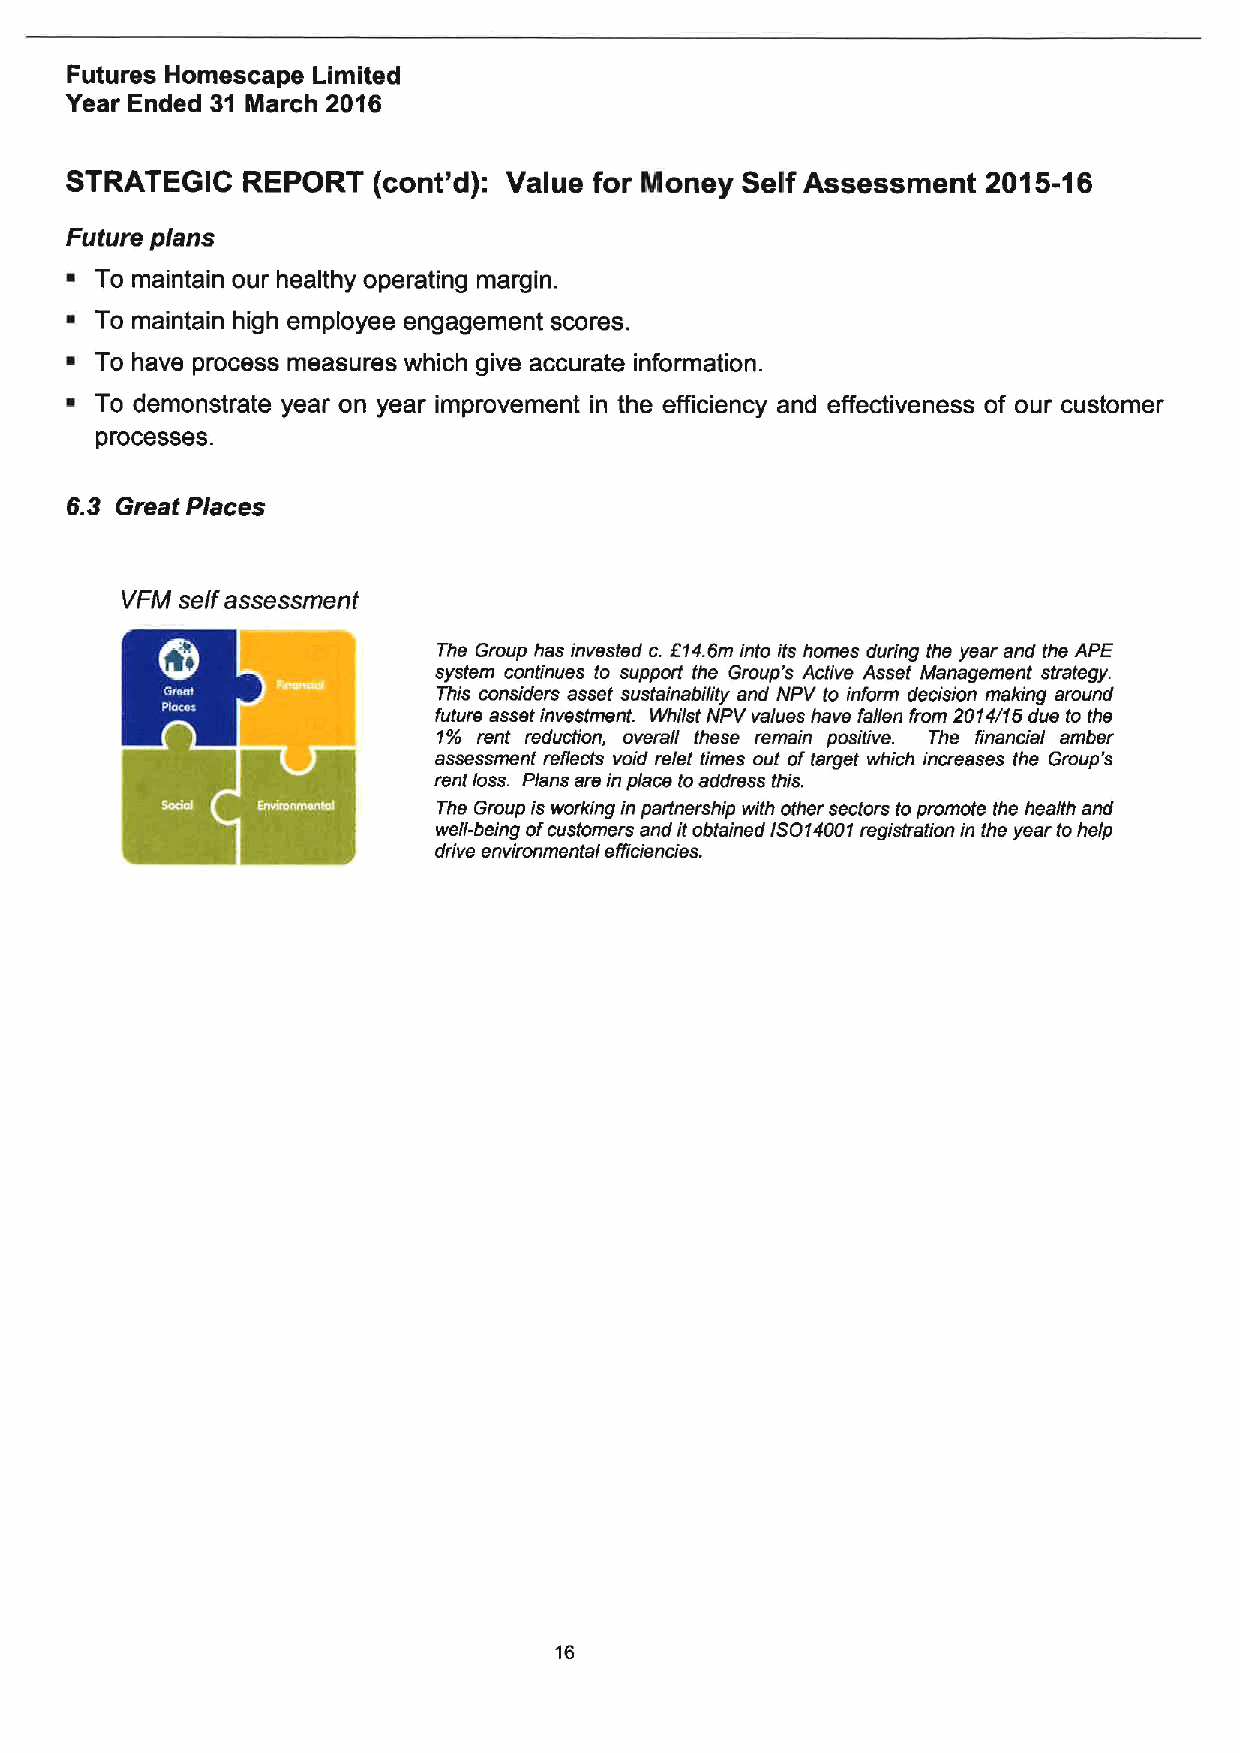
Futures Homescape Limited
 Year Ended 31 March 2016
 STRATEGIC   REPORT   (cont'd): Value for Money Self Assessment 2015-16
 Future plans
 ~ To maintain our healthy operating margin.
 ~ To maintain high employee engagement scores.
 ~ To have process measures which give accurate information.
 ~ To demonstrate year on year improvement in the efficiency and effectiveness of our customer
 processes.
 6.3 Great Places
 VFM self assessment
 The Group has invested c.f14.6m into its homes during the year and the APE
 system continues to support the Group's Active Asset Management strategy.
 This considers asset sustainability and NPV to inform decision making around
 future assetinvestment. VAitst NPV values have fallen from 2014/15 due to the
 1% rent reduction, overall these remain positive. The financial amber
 assessment reflects void relet times out oftarget which increases the Group's
 rent loss. Plans are in place to address this.
 The Gmup is workingin partnership with other sectors topromote the health and
 well-being ofcustomers and itobtained ISO14001registration in the year tohelp
 drive environmental efficiencies.
 16